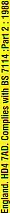
England. HD4 7AD. Complies with BS 7114 :Part 2:1982